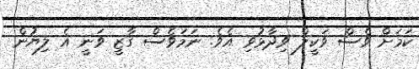
ކަމަށް ވެސް ވަކީލް ވިދާޅުވި އެވެ. ނަމަވެސް ގާޒީ ވަނީ އެ ލިޔުން